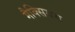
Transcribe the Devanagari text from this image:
मैक्सियस